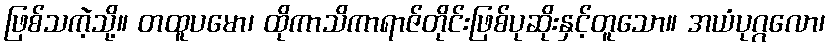
ဖြစ်သကဲ့သို့။ တထူပမော၊ ထိုကာသိကာရာဇ်တိုင်းဖြစ်ပုဆိုးနှင့်တူသော။ အယံပုဂ္ဂလော၊